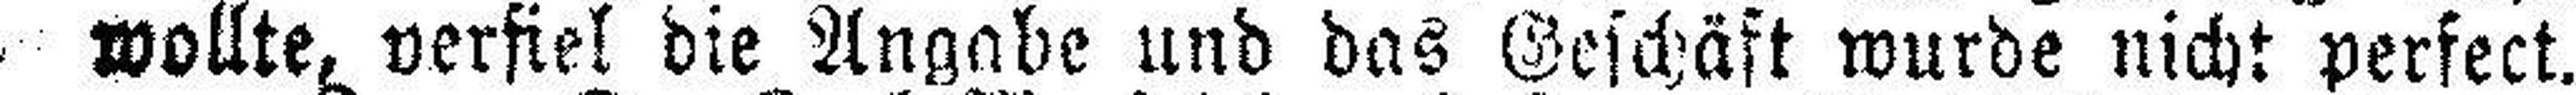
wollte, verfiel die Angabe und das Geschäft wurde nicht perfect.